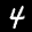
Label: 4